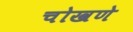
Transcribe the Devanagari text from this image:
चोखणे